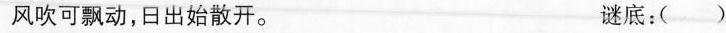
风吹可飘动，日出始散开。 谜底：( )